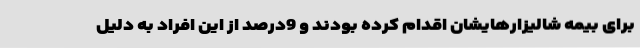
برای بیمه شالیزارهایشان اقدام کرده بودند و 9درصد از این افراد به دلیل